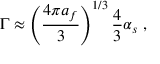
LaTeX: \Gamma \approx \left( \frac { 4 \pi a _ { f } } { 3 } \right) ^ { 1 / 3 } \frac { 4 } { 3 } \alpha _ { s } \; ,